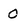
Character: 0